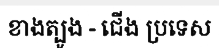
ខាងត្បូង - ជើង ប្រទេស